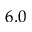
6 . 0